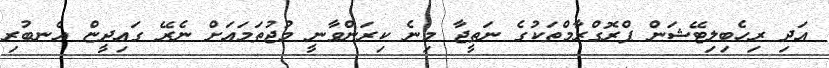
އަދި ރިހެބިލިޓޭޝަން ޕްރޮގްރާމްތަކުގެ ނަތީޖާ މިނެ ކިރަންވާނީ މުޖުތަމައަށް ނެރޭ ގައިދީޏް އެނބުރި